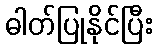
ဓါတ်ပြုနိုင်ပြီး